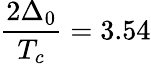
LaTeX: \frac{2\Delta_{0}}{T_{c}}=3.54